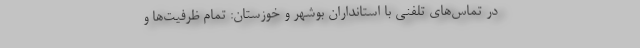
در تماس‌های تلفنی با استانداران بوشهر و خوزستان: تمام ظرفیت‌ها و